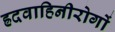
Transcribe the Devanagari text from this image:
ह्रदवाहिनीरोगों